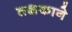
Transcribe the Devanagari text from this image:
तक्षकाने